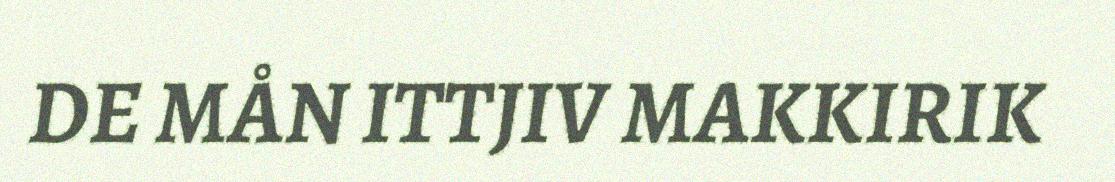
DE MÅN ITTJIV MAKKIRIK